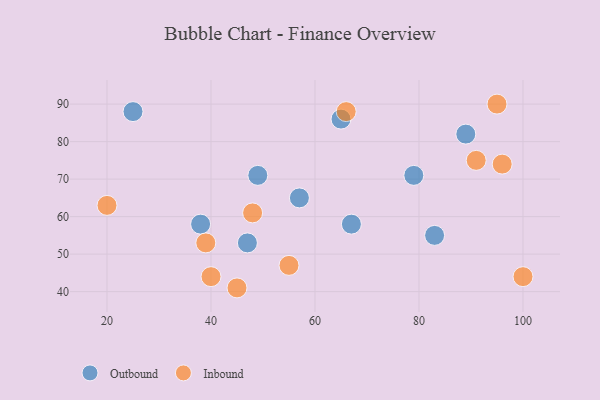
{"axis": {"x": "GDP", "y": "Life Expectancy"}, "legend": ["Inbound", "Outbound"], "data": [{"x": "25", "y": 88, "type": "Outbound"}, {"x": "79", "y": 71, "type": "Outbound"}, {"x": "57", "y": 65, "type": "Outbound"}, {"x": "89", "y": 82, "type": "Outbound"}, {"x": "67", "y": 58, "type": "Outbound"}, {"x": "83", "y": 55, "type": "Outbound"}, {"x": "65", "y": 86, "type": "Outbound"}, {"x": "38", "y": 58, "type": "Outbound"}, {"x": "47", "y": 53, "type": "Outbound"}, {"x": "49", "y": 71, "type": "Outbound"}, {"x": "55", "y": 47, "type": "Inbound"}, {"x": "66", "y": 88, "type": "Inbound"}, {"x": "48", "y": 61, "type": "Inbound"}, {"x": "45", "y": 41, "type": "Inbound"}, {"x": "100", "y": 44, "type": "Inbound"}, {"x": "20", "y": 63, "type": "Inbound"}, {"x": "39", "y": 53, "type": "Inbound"}, {"x": "40", "y": 44, "type": "Inbound"}, {"x": "91", "y": 75, "type": "Inbound"}, {"x": "95", "y": 90, "type": "Inbound"}, {"x": "96", "y": 74, "type": "Inbound"}]}